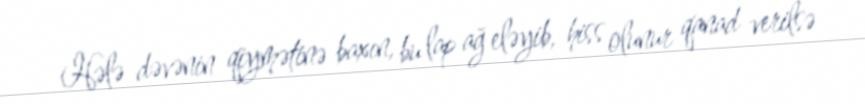
Hələ dəvənin qiymətinə baxın, bu lap ağ eləyib, hiss olunur qanad verilsə